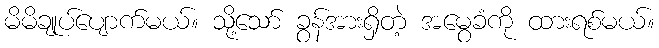
မိမိချုပ်ပျောက်မယ်။ သို့သော် ခွန်အားရှိတဲ့ အမွေခံကို ထားရစ်မယ်။